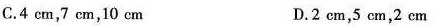
C.4 cm,7 cm,10 cm D.2 cm,5 cm,2 cm